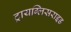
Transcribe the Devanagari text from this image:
ट्रायग्लिसराइड